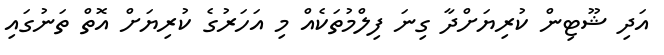
އަދި ޝޫޓިން ކުރިޔަށްދާ ގިނަ ފިލްމުތަކެއް މި އަހަރުގެ ކުރިޔަށް އޮތް ތަނުގައި